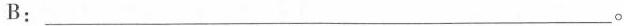
B：___。